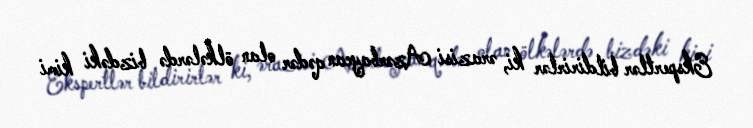
Ekspertlər bildirirlər ki, ərazisi Azərbaycan qədər olan ölkələrdə bizdəki kimi